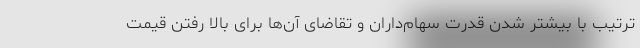
ترتیب با بیشتر شدن قدرت سهام‌داران و تقاضای آن‌ها برای بالا رفتن قیمت